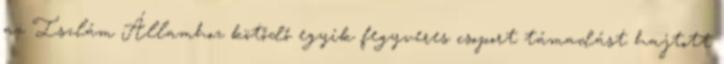
az Iszlám Államhoz kötődő egyik fegyveres csoport támadást hajtott